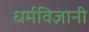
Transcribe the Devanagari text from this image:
धर्मविज्ञानी